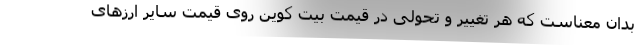
بدان معناست که هر تغییر و تحولی در قیمت بیت کوین روی قیمت سایر ارزهای